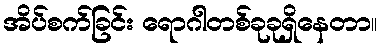
အိပ်စက်ခြင်း ရောဂါတစ်ခုခုရှိနေတာ။